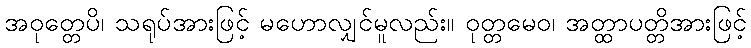
အဝုတ္တေပိ၊ သရုပ်အားဖြင့် မဟောလျှင်မူလည်း။ ဝုတ္တမေဝ၊ အတ္ထာပတ္တိအားဖြင့်